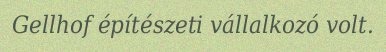
Gellhof építészeti vállalkozó volt.